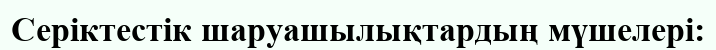
Серіктестік шаруашылықтардың мүшелері: